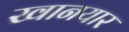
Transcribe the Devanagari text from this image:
खानयार